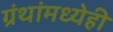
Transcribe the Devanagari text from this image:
ग्रंथांमध्येही